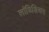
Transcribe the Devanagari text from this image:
लॉडिशिअन